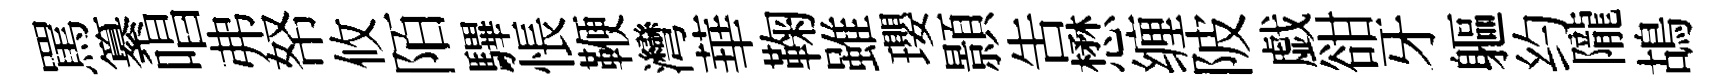
罵纂唱弗帑攸陌驆悵鞭灣華鞠雖瓔顥告懋缠陂戯𧮳牙軀约隴鴣